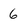
Character: 6